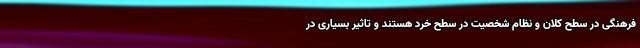
فرهنگی در سطح کلان و نظام شخصیت در سطح خرد هستند و تاثیر بسیاری در